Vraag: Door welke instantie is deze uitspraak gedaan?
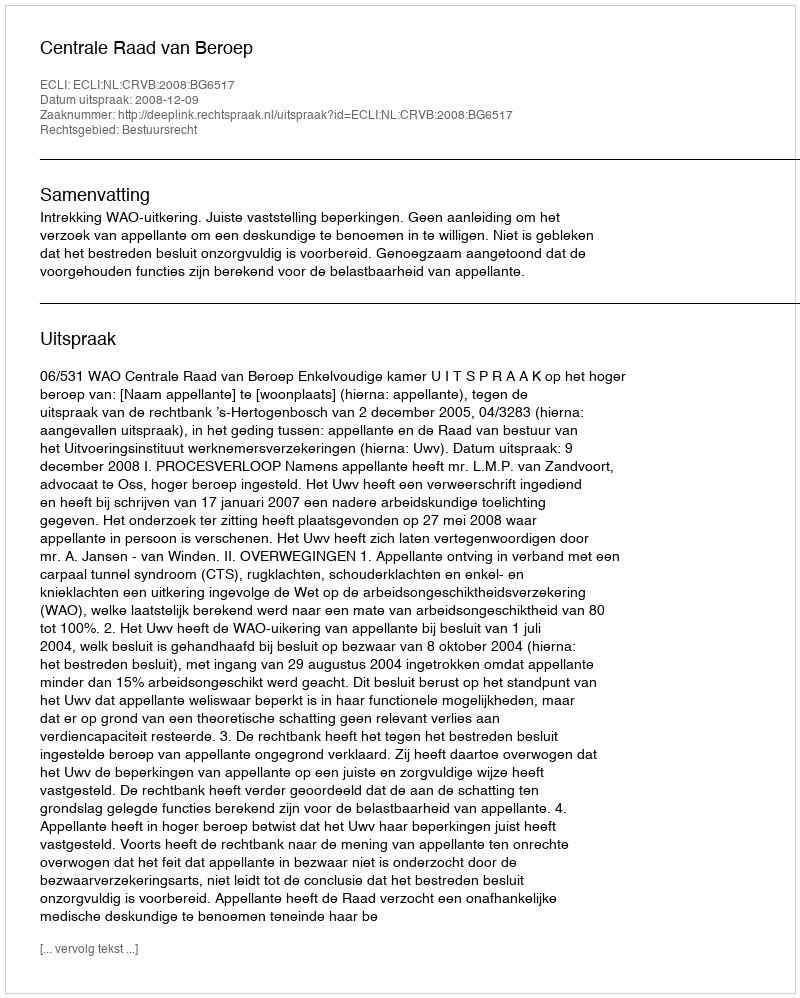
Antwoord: Centrale Raad van Beroep